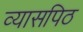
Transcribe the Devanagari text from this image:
व्यासपिठ